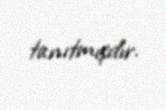
tanıtmışdır.